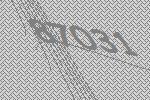
87031